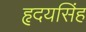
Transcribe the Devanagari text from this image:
हृदयसिंह